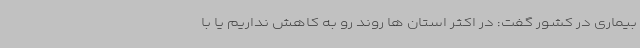
بیماری در کشور گفت: در اکثر استان ها روند رو به کاهش نداریم یا با